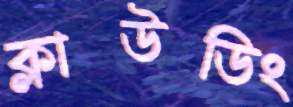
ক্লাউডিং